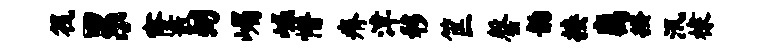
筏累窿散弼嵋崛懵瘠津移筐罄韵接离揆汛棣